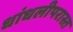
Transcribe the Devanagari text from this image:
धांधलीपरास्त